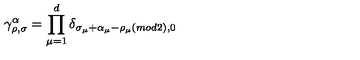
\gamma _ { \rho , \sigma } ^ { \alpha } = \prod _ { \mu = 1 } ^ { d } \delta _ { \sigma _ { \mu } + \alpha _ { \mu } - \rho _ { \mu } ( m o d 2 ) , 0 }